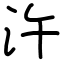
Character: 汻